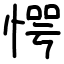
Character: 愕